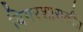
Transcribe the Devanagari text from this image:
बिगरशासकीय